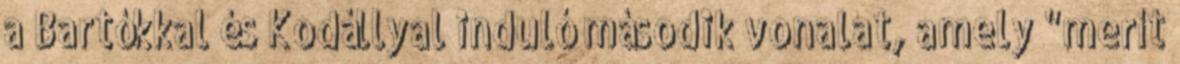
a Bartókkal és Kodállyal induló második vonalat, amely "merít